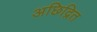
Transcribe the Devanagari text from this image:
अछिद्रित